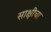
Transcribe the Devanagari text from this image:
साक्षीचा